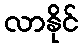
လာနိုင်